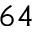
6 4